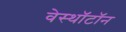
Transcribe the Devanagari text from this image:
वेस्थॉटॉन